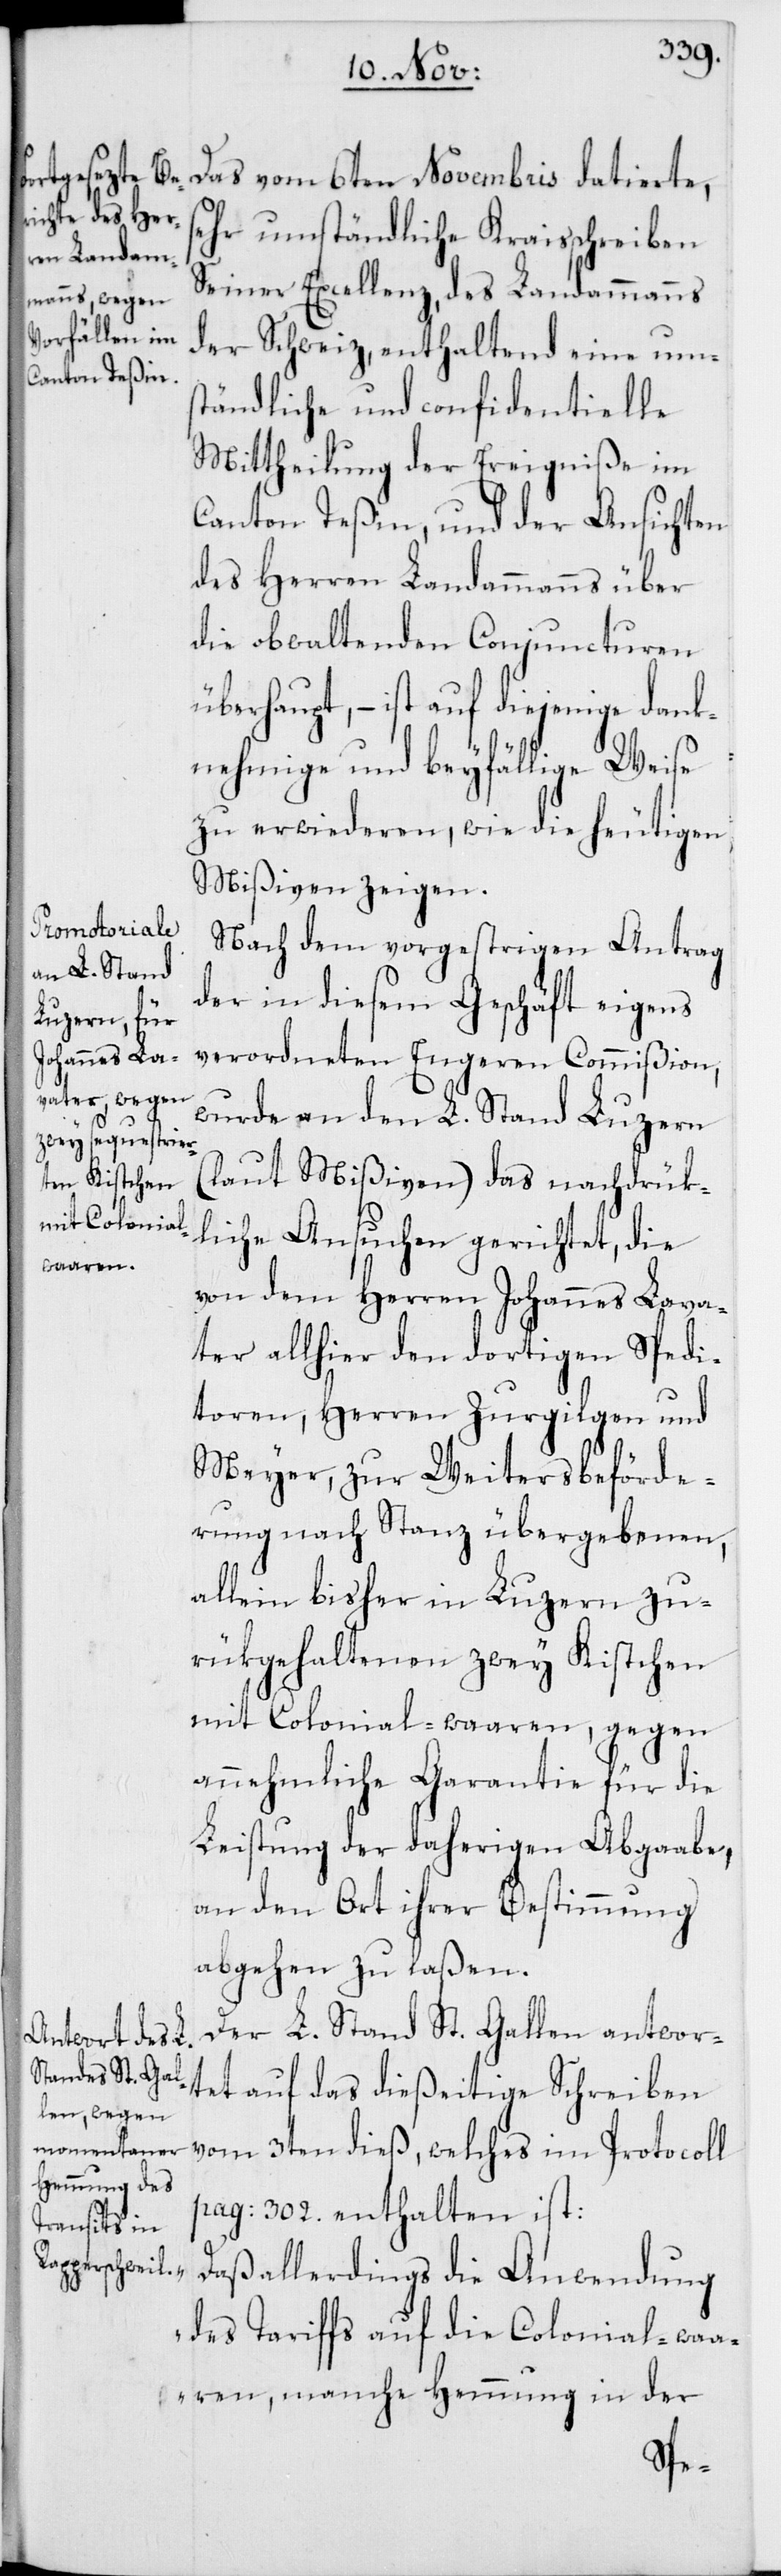
Das vom 6ten Novembris datierte,
sehr umständliche Kraisschreiben
Seiner Excellenz, des Landammanns
der Schweiz, enthaltend eine ums¬
tändliche und confidentielle
Mittheilung der Ereigniße im
Canton Teßin, und der Ansichten
des Herren Landammanns über
die obwaltenden Conjuncturen
überhaupt, – ist auf diejenige dank¬
nehmige und beyfällige Weise
zu erwiederen, wie die heutigen
Mißiven zeigen.
Nach dem vorgestrigen Antrag
der in diesem Geschäft eigens
verordneten Engeren Commißion,
wurde an den L. Stand Luzern
(laut Mißiven) das nachdrük¬
liche Ansuchen gerichtet, die
von dem Herren Johannes Lava¬
ter allhier den dortigen Spedi¬
toren, Herren Zurgilgen und
Meyer, zur Weitersbeförde¬
rung nach Stanz übergebenen,
allein bisher in Luzern zu¬
rükgehaltenen zwey Kistchen
mit Colonial-waaren, gegen
annehmliche Garantie für die
Leistung der daherigen Abgaabe,
an den Ort ihrer Bestimmung
abgehen zu laßen.
Der L. Stand St. Gallen antwor¬
tet auf das dießeitige Schreiben
vom 3ten dieß, welches im Protocoll
pag: 302 enthalten ist:
aß allerdings die Anwendung
des Tariffs auf die Colonial-wa¬
aren, manche Hemmung in der
„D¬